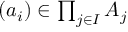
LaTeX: \textstyle ( a _ { i } ) \in \prod _ { j \in I } A _ { j }